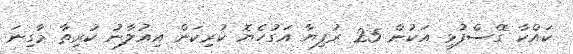
ކައްކާ ގޭސްފުޅި އަކުން 25 ރުފިޔާ އަގުހެޔޮ ކުރިކަން އިއުލާނު ކުރިތާ މާގިނަ